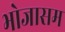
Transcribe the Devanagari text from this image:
भोजासम